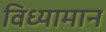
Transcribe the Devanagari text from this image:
विध्यामान